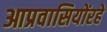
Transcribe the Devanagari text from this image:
आप्रवासियोंरहे